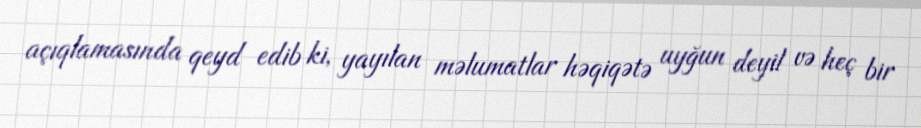
açıqlamasında qeyd edib ki, yayılan məlumatlar həqiqətə uyğun deyil və heç bir